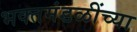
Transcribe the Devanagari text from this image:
भक्तमंडळींच्या